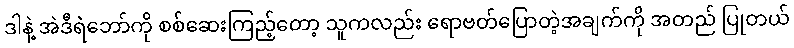
ဒါနဲ့ အဲဒီရဲဘော်ကို စစ်ဆေးကြည့်တော့ သူကလည်း ရောဗတ်ပြောတဲ့အချက်ကို အတည် ပြုတယ်